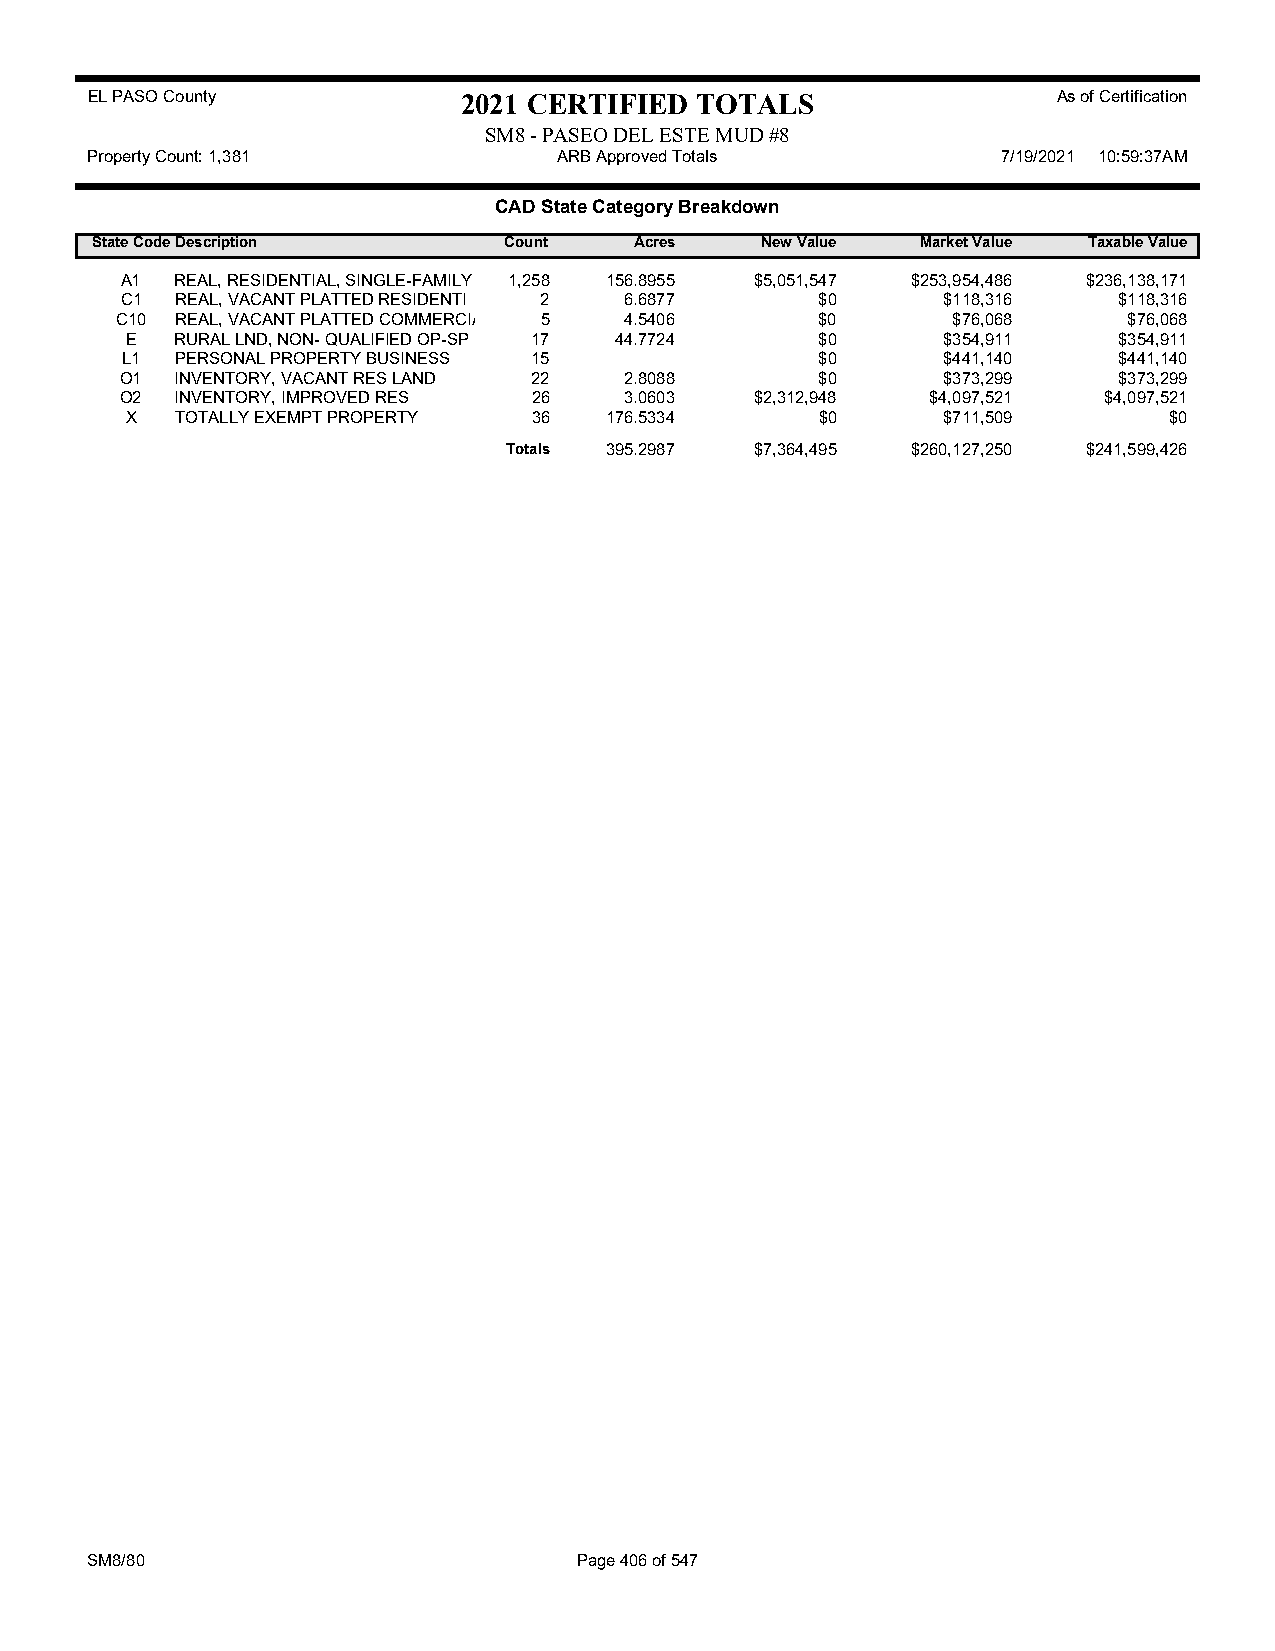
EL PASO County           2021 CERTIFIED TOTALS                  As of Certification
 SM8 - PASEO DEL ESTE MUD #8
 Property Count: 1,381          ARB Approved Totals          7/19/2021 10:59:37AM
 CAD State Category Breakdown
 State CodeDescription      Count    Acres   New Value  Market Value Taxable Value
 A1  REAL, RESIDENTIAL, SINGLE-FAMILY 1,258 156.8955 $5,051,547 $253,954,486 $236,138,171
 C1  REAL, VACANT PLATTED RESIDENTI 2 6.6877   $0      $118,316    $118,316
 C10 REAL, VACANT PLATTED COMMERCIA 5 4.5406   $0       $76,068     $76,068
 E   RURAL LND, NON- QUALIFIED OP-SP 17 44.7724 $0     $354,911    $354,911
 L1  PERSONAL PROPERTY BUSINESS 15             $0      $441,140    $441,140
 O1  INVENTORY, VACANT RES LAND 22 2.8088      $0      $373,299    $373,299
 O2  INVENTORY, IMPROVED RES 26   3.0603   $2,312,948  $4,097,521 $4,097,521
 X   TOTALLY EXEMPT PROPERTY 36  176.5334      $0      $711,509       $0
 Totals 395.2987 $7,364,495 $260,127,250 $241,599,426
 SM8/80                          Page 406 of 547